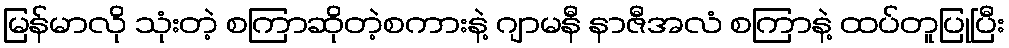
မြန်မာလို သုံးတဲ့ စကြာဆိုတဲ့စကားနဲ့ ဂျာမနီ နာဇီအလံ စကြာနဲ့ ထပ်တူပြုပြီး